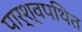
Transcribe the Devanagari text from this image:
पार्श्वपथित